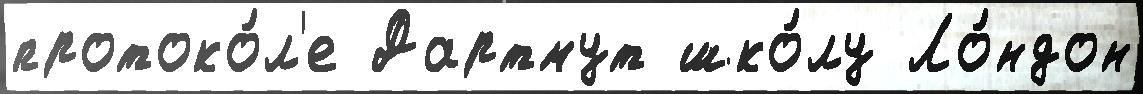
протоко́л'е Дартмут шко́лу Ло́ндон